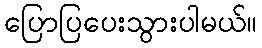
ပြောပြပေးသွားပါမယ်။